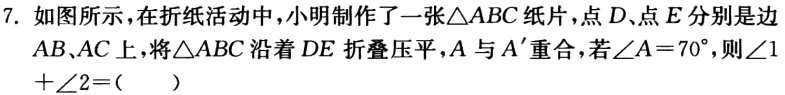
7. 如图所示，在折纸活动中，小明制作了一张\(\triangle ABC\)纸片，点\(D\)、点\(E\)分别是边\(AB\)、\(AC\)上，将\(\triangle ABC\)沿着\(DE\)折叠压平，\(A\)与\(A'\)重合，若\(\angle A = 70^{\circ}\)，则\(\angle1+\angle2 = (\ \ \ \ )\)